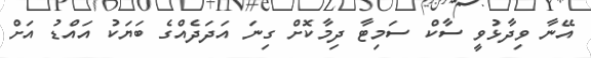
އޭނާ ވިދާޅުވީ ސާކް ސަމިޓާ ދިމާކޮށް ގިނަ އަދަދެއްގެ ބަޔަކު އައްޑު އަށް